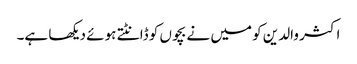
اکثر والدین کو میں نے بچوں کو ڈانٹتے ہوئے دیکھا ہے۔